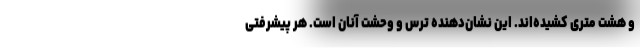
و هشت متری کشیده‌اند. این نشان‌دهنده ترس و وحشت آنان است. هر پیشرفتی